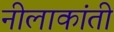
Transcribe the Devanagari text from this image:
नीलाकांती